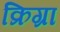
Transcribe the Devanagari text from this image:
क्रिग्रा